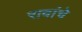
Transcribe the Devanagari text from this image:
रावांचे